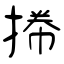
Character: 𢯭